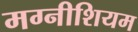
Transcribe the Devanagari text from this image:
मग्नीशियम